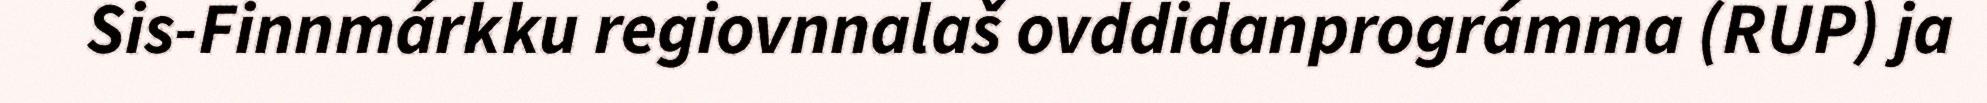
Sis-Finnmárkku regiovnnalaš ovddidanprográmma (RUP) ja